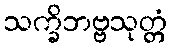
သက္ခိဘဗ္ဗသုတ္တံ